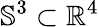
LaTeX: \mathbb{S}^{3}\subset\mathbb{R}^{4}